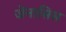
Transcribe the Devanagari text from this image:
जेंनासिस